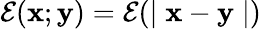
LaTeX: \mathcal{E}(\mathbf{x};\mathbf{y})=\mathcal{E}(\mid\mathbf{x}-\mathbf{y}\mid)